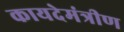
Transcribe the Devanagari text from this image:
कायदेमंत्रीण